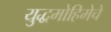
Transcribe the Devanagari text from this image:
युद्धमोहिमेचे